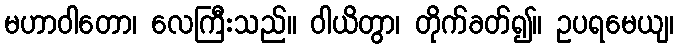
မဟာဝါတော၊ လေကြီးသည်။ ဝါယိတွာ၊ တိုက်ခတ်၍။ ဥပရမေယျ၊